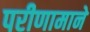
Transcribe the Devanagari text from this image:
परीणामाने